Lunatic asylums in Bengal annual reports 1899-1911 - 1899-1911
Year: 1899
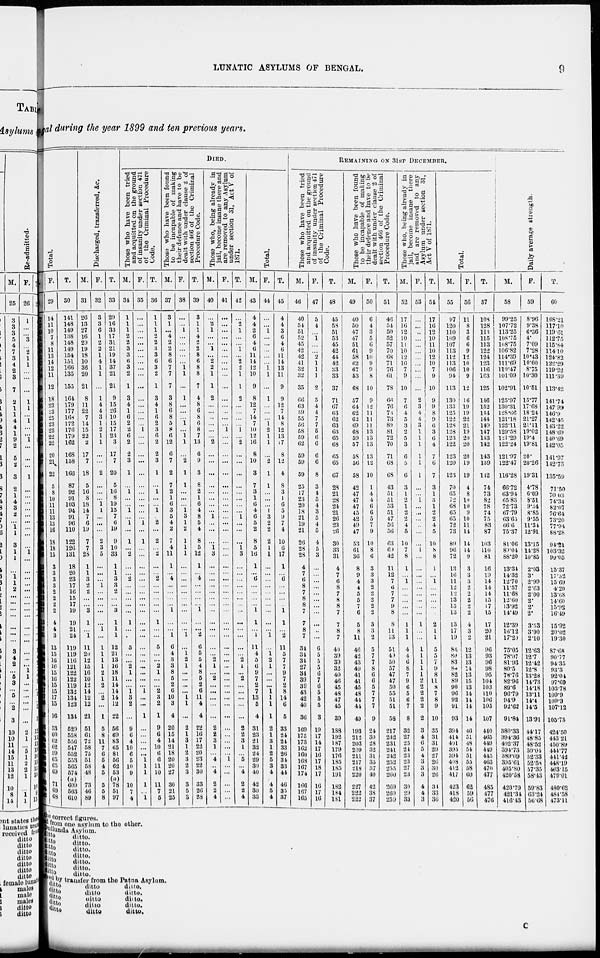
LUNATIC ASYLUMS OF BENGAL.
9
al during the year 1899 and ten previous years.
Total.
F.
29
14
11
10
7
8
11
13
14
12
11
12
18
23
23
25
23
23
22
22
20
21
22
5
8
10
11
11
13
13
16
18
18
15
3
3
3
3
2
2
2
2
4
4
3
13
15
16
16
15
16
15
15
17
15
16
53
60
62
62
59
65
65
69
71
69
68
T.
30
141
148
149
138
148
149
154
151
166
135
155
164
179
177
168
172
176
179
162
168
158
166
87
92
91
103
94
91
96
110
122
126
131
18
20
23
17
16
15
17
19
19
21
24
119
119
116
121
122
122
119
132
134
123
134
529
558
556
547
552
553
565
574
(a)
609
563
610
Discharged, transferred, &c.
M.
31
26
13
27
16
29
19
18
10
36
20
21
8
11
22
7
14
15
22
2
17
7
18
5
16
8
18
14
7
6
19
7
7
28
1
1
3
2
2
...
...
3
1
...
1
11
20
12
15
16
10
12
14
12
12
21
51
61
72
58
75
51
58
48
73
46
89
F.
32
3
3
6
1
2
2
1
4
1
1
...
1
4
4
3
1
2
1
1
...
...
2
...
...
...
1
1
...
...
...
2
3
5
...
...
...
1
...
...
...
...
...
1
...
1
1
1
1
2
1
2
...
2
...
1
5
8
11
7
6
5
4
5
5
5
8
T.
33
29
16
33
17
31
21
19
14
37
21
21
9
15
26
10
15
17
23
3
17
7
20
5
16
8
19
15
7
6
19
9
10
33
1
1
3
3
2
...
...
3
1
1
1
12
21
13
16
18
11
14
14
14
12
22
56
69
83
65
81
56
62
53
(a)
78
51
97
DIED.
Those who have been tried
and acquitted on the ground
of insanity under section 471
of the Criminal Procedure
Code.
M.
34
1
1
1
2
2
3
3
6
3
2
1
3
4
1
6
2
2
6
2
2
3
1
...
1
...
...
1
... 1
...
1
...
2
...
...
2
...
...
...
...
...
1
...
...
5
...
...
2
1
...
...
1
3
2
...
9
6
4
10
6
5
10
9
10
7
4
F.
35
...
...
...
...
...
...
...
...
...
...
...
...
...
...
...
...
1
...
...
...
...
...
...
...
...
...
...
... 1
...
1
...
...
...
...
...
...
...
...
...
...
...
...
...
...
...
...
...
...
...
...
1
...
...
1
...
...
...
...
...
1
1
1
1
...
1
T.
36
1
1
1
2
2
3
3
6
3
2
1
3
4
1
6
2
3
6
2
2
3
1
...
1
...
...
1
... 2
...
2
...
2
...
...
2
...
...
...
...
...
1
...
...
5
...
...
2
1
...
...
2
3
2
1
9
6
4
10
6
6
11
10
11
7
5
Those who have been found
to be incapable of making
their defence and have to be
dealt with under clause 2 of
section 466 of the Criminal
Procedure Code.
M.
37
3
1
...
4
2
2
8
6
7
7
7
3
8
6
8
5
8
6
12
6
7
2
7
2
1
6
3
5
4
2
7
4
11
1
...
4
...
...
...
...
1
...
...
1
6
4
3
3
8
5
2
6
10
3
4
20
15
14
21
18
20
20
27
30
21
25
F.
38
...
...
1
...
...
...
...
...
1 1
...
1
...
...
...
1
...
1
1
...
2
1
1
...
...
...
1
3
1
2
1
1
1
...
...
...
...
...
...
...
...
...
...
1
...
1
2
1
...
...
...
...
1
1
...
2
1
3
1
2
3
2
3
3
5
3
T.
39
3
1
1
4
2
2
8
6
8
8
7
4
8
6
8
6
8
7
13
6
9
3
8
2
1
6
4
8
5
4
8
5
12
1
...
4
...
...
...
...
1
...
...
2
6
5
5
4
8
5
2
6
11
4
4
22
16
17
22
20
23
22
30
33
26
28
Those who, being already in
jail, become insane there and
are removed to any Asylum
under section 31, Act V of
1871.
M.
40
...
2
1
...
...
1
...
2
2
1
1
2
...
...
...
...
...
...
2
...
...
...
...
...
...
...
...
1
...
...
...
1
3
...
...
...
...
...
...
...
...
...
...
...
...
...
2
1
...
2
...
...
...
...
...
2
2
3
1
...
4
...
4
2
2
4
F.
41
...
...
...
...
...
...
...
...
...
...
...
...
...
...
...
...
1
...
...
...
...
...
...
...
...
...
...
...
...
...
...
...
...
...
...
...
...
...
...
...
...
...
...
...
...
...
...
...
...
...
...
...
...
...
...
...
...
...
...
...
1
...
...
...
...
...
T.
42
...
2
1
...
...
1
...
2
2
1
1
2
...
...
...
...
1
...
2
...
...
...
...
...
...
...
...
1
...
...
...
1
3
...
...
...
...
...
...
...
...
...
...
...
...
...
2
1
...
2
...
...
...
...
...
2
2
3
1
...
5
...
4
2
2
4
Total.
M.
43
4
4
2
6
4
6
11
14
12
10
9
8
12
7
14
7
10
12
16
8
10
3
7
3
1
6
4
6
5
2
8
5
16
1
...
6
...
...
...
...
1
1
...
1
11
4
5
6
9
7
2
7
13
5
4
31
23
21
32
24
29
30
40
42
30
33
F.
44
...
...
1
...
...
...
...
...
1 1
...
1
...
...
...
1
2
1
1
...
2
1
1
...
...
...
1
3
2
2
2
1
1
...
...
...
...
...
...
...
...
...
...
1
...
1 2
1
...
...
...
1
1
1
1
2
1
3
1
2
5
3
4
4
5
4
T.
45
4
4
3
6
4
6
11
14
13
11
9
9
12
7
14
8
12
13
17
8
12
4
8
3
1
6
5
9
7
4
10
6
17
1
...
6
...
...
...
...
1
1
...
2
11
5
7
7
9
7
2
8
14
6
5
33
24
24
33
26
34
33
44
46
35
37
REMAINING ON 31ST DECEMBER.
Those who have been tried
and acquitted on the ground
of insanity under section 471
of the Criminal Procedure
Code.
M.
46
40
54
51
52
45
42
42
41
32
32
35
66
63
59
55
56
58
59
62
59
59
59
25
17
23
20
18
21
19
21
26
28
28
4
7
6
8
7
8
8
7
7
8
7
34
34
34
27
34
39
39
43
42
40
36
169
175
173
162
160
168
167
174
166
167
165
F.
47
5
4
...
1
...
...
2
1
1
1
2
5
4
4
7
7
5
6
6
6
6
8
3
4
5
4
3
5
4
5
4
5
3
...
...
...
...
...
...
...
...
...
...
...
6
5
5
5
6
7
6
5
5
5
3
19
17
11
17
16
17
18
17
16
17
16
T.
48
45
58
51
53
45
42
44
42
33
33
37
71
67
63
62
63
63
65
68
65
65
67
28
21
28
24
21
26
23
26
30
33
31
4
7
6
8
7
8
8
7
7
8
7
40
39
39
32
40
46
45
48
47
45
39
188
192
187
179
176
185
185
191
182
184
181
Those who have been found
to be incapable of making
their defence and have to be
dealt with under clause 2 of
section 466 of the Criminal
Procedure Code.
M.
49
40
50
47
47
51
61
58
62
67
53
68
57
64
62
62
69
68
59
57
58
56
58
42
47
47
47
45
42
49
47
53
61
36
8
9
4
4
5
5
7
6
5
8
11
46
42
43
49
41
41
45
48
44
44
49
193
212
203
209
211
217
218
220
227
222
222
F.
50
6
4
3
5
6
9
10
9
9
8
10
9
12
11
11
11
13
13
13
13
12
10
1
4
4
6
6
5
7
9
10
8
6
3
3
3
2
2
2
2
2
3
3
2
5
7
7
8
6
6
5
7
7
7
9
24
30
28
32
31
35
37
40
42
38
37
T.
51
46
54
50
52
57
70
68
71
76
61
78
66
76
73
73
80
81
72
70
71
68
68
43
51
51
53
51
47
56
56
63
69
42
11
12
7
6
7
7
9
8
8
11
13
51
49
50
57
47
47
50
55
51
51
58
217
242
231
241
242
252
255
260
269
260
259
Those who, being already in
jail, become insane there
and are removed to any
Asylum under section 31,
Act V of 1871.
M.
52
17
16
12
10
11
10
12
10
7
9
10
7
6
4
5
3
2
5
3
6
5
6
3
1
2
1
2
2
4
5
10
7
8
1
...
1
...
...
...
...
...
1
1
1
4
4
6
8
7
9
6
5
6
7
8
32
27
25
24
23
23
27
23
30
29
33
F.
53
...
...
...
...
...
...
...
...
...
...
...
2
3
4
4
3
1
1
1
1
1
1
...
...
1
...
...
...
...
...
...
1
...
...
...
...
...
...
...
...
...
1
...
...
1
1
1
1
1
2
2
2
2
2
2
3
4
6
5
4
3
3
3
4
4
3
T.
54
17
16
12
10
11
10
12
10
7
9
10
9
9
8
9
6
3
6
4
7
6
7
3
1
3
1
2
2
4
5
10
8
8
1
...
1
...
...
...
...
...
2
1
1
5
5
7
9
8
11
8
7
8
9
10
35
31
31
29
27
26
30
26
34
33
36
Total.
M.
55
97
120
110
109
107
113
112
113
106
94
113
130
133
125
122
128
128
123
122
123
120
123
70
65
72
68
65
65
72
73
89
96
72
13
16
11
12
12
13
15
13
13
17
19
84
80
83
84
82
89
90
96
92
91
93
394
414
491
395
394
408
412
417
423
418
420
F.
56
11
8
3
6
6
9
12
10
10
9
12
16
19
19
22
21
19
20
20
20
19
19
4
8
10
10
9
10
11
14
14
14
9
3
3
3
2
2
2
2
2
4
3
2
12
13
13
14
13
15
13
14
14
14
14
46
51
48
54
51
55
58
60
62
59
56
T.
57
108
128
113
115
113
122
124
123
116
103
125
146
152
144
144
149
147
143
142
143
139
142
74
73
82
78
74
75
83
87
103
110
81
16
19
14
14
14
15
17
15
17
20
21
96
93
96
98
95
104
103
110
106
105
107
440
465
449
449
445
463
470
477
485
477
476
Daily average strength.
M.
58
99.25
107.72
113.25
108.75
108.75
106.82
114.39
111.69
110.47
101.09
102.91
125.97
130.31
128.66
121.18
122.11
129.58
121.29
122.24
121.97
122.47
116.28
66.72
63.94
65.83
72.73
67.79
63.65
66.6
75.37
81.06
89.04
88.20
13.34
14.32
12.70
11.57
11.68
12.60
13.92
14.49
12.39
16.12
17.20
75.05
78.07
81.93
80.5
78.76
82.96
89.6
96.79
94.9
92.62
91.84
380.33
394.36
402.37
394.73
389.09
395.61
405.80
420.58
420.79
421.34
416.43
F.
59
8.96
9.38
6.36
4.
7.09
7.28
10.43
10.60
8.75
10.30
10.51
15.77
17.68
18.24
21.27
21.11
19.02
19.4
19.81
20.
20.26
19.31
4.78
6.09
8.51
9.34
8.85
9.55
11.34
12.91
13.15
14.28
10.85
2.03
3.
2.99
2.63
2.00
2.
2.
2.
3.53
3.90
2.10
12.63
12.7
12.42
12.8
13.28
14.73
14.18
13.11
14.4
14.5
13.91
44.17
48.85
48.52
50.04 52.33
52.58
57.35
58.43
59.83
63.24
56.68
T.
60
108.21
117.10
119.61
112.75
115.84
114.10
124.82
122.29
119.22
111.39
113.42
141.74
147 99
146.9
142.45
143.22
148.69
140.69
142.05
141.97
142.73
135.59
71.50
70.03
74.34
82. 07
76.64
73.20
77.94
88.28
94.21
103.32
99.05
15.37
17.32
15.69
4.20
13.68
14.60
14.60
15.92
16.49
15.92
20.02
19.30
87.68
90.77
94.35
93.3
92.04
97.69
103.78
109.9
109.3
107.12
105.75
424.50
443.21
450.89
444.77
441.42
448.19
463.15
479.01
480.62
484.58
473.11
ne correct figures.
d from one asylum to the other.
Dullunda Asylum.
itto ditto.
itto ditto.
itto
ditto.
itto
ditto.
ditto ditto.
ditto ditto.
ditto
ditto.
ved by transfer from the Patna Asylum.
ditto
ditto
ditto.
ditto
ditto
ditto.
ditto ditto
ditto.
ditto
ditto
ditto.
ditto ditto ditto
C